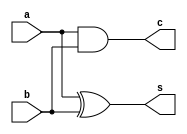
`timescale 1ns / 1ps
//////////////////////////////////////////////////////////////////////////////////
// Anurat Bhattacharya : 19CS10071
// Sunanda Mandal : 19CS10060 
// 
// Design Name: 
// Module Name:    ha 
// Project Name: 
// Target Devices: 
// Tool versions: 
// Description: 
//
// Dependencies: 
//
// Revision: 
// Revision 0.01 - File Created
// Additional Comments: 
//
//////////////////////////////////////////////////////////////////////////////////

module halfAdder(a,b,s,c);
    input a;
    input b;
    output s;
    output c;
    xor G1(s,a,b);//Compute the sum
	 and G2(c,a,b);//Compute the carry


endmodule